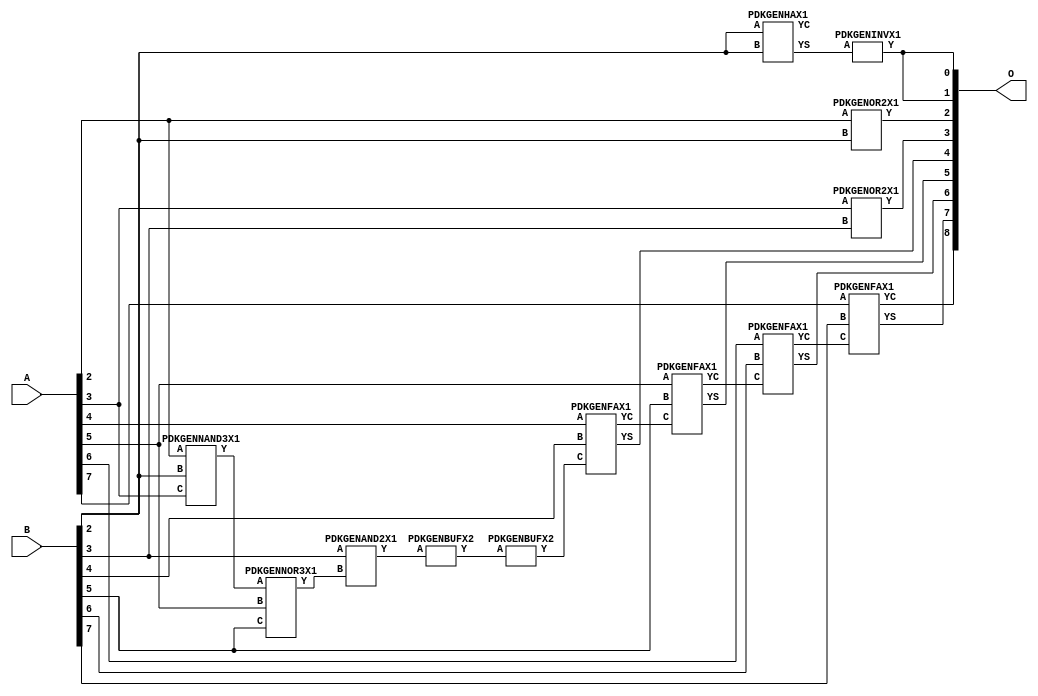
// Library = EvoApprox8b
// Circuit = add8_040
// Area   (180) = 820
// Delay  (180) = 1.450
// Power  (180) = 173.10
// Area   (45) = 59
// Delay  (45) = 0.540
// Power  (45) = 17.18
// Nodes = 13
// HD = 182912
// MAE = 3.57812
// MSE = 24.50000
// MRE = 1.84 %
// WCE = 15
// WCRE = 300 %
// EP = 85.9 %

module add8_040(A, B, O);
  input [7:0] A;
  input [7:0] B;
  output [8:0] O;
  wire [2031:0] N;

  assign N[0] = A[0];
  assign N[1] = A[0];
  assign N[2] = A[1];
  assign N[3] = A[1];
  assign N[4] = A[2];
  assign N[5] = A[2];
  assign N[6] = A[3];
  assign N[7] = A[3];
  assign N[8] = A[4];
  assign N[9] = A[4];
  assign N[10] = A[5];
  assign N[11] = A[5];
  assign N[12] = A[6];
  assign N[13] = A[6];
  assign N[14] = A[7];
  assign N[15] = A[7];
  assign N[16] = B[0];
  assign N[17] = B[0];
  assign N[18] = B[1];
  assign N[19] = B[1];
  assign N[20] = B[2];
  assign N[21] = B[2];
  assign N[22] = B[3];
  assign N[23] = B[3];
  assign N[24] = B[4];
  assign N[25] = B[4];
  assign N[26] = B[5];
  assign N[27] = B[5];
  assign N[28] = B[6];
  assign N[29] = B[6];
  assign N[30] = B[7];
  assign N[31] = B[7];

  PDKGENNAND3X1 n32(.A(N[4]), .B(N[20]), .C(N[6]), .Y(N[32]));
  PDKGENNOR3X1 n38(.A(N[32]), .B(N[10]), .C(N[26]), .Y(N[38]));
  PDKGENHAX1 n40(.A(N[20]), .B(N[20]), .YS(N[40]), .YC(N[41]));
  PDKGENAND2X1 n52(.A(N[22]), .B(N[38]), .Y(N[52]));
  PDKGENBUFX2 n78(.A(N[52]), .Y(N[78]));
  PDKGENINVX1 n126(.A(N[40]), .Y(N[126]));
  assign N[127] = N[126];
  PDKGENOR2X1 n132(.A(N[4]), .B(N[20]), .Y(N[132]));
  PDKGENOR2X1 n182(.A(N[6]), .B(N[22]), .Y(N[182]));
  assign N[183] = N[182];
  PDKGENBUFX2 n212(.A(N[78]), .Y(N[212]));
  assign N[213] = N[212];
  PDKGENFAX1 n232(.A(N[8]), .B(N[24]), .C(N[213]), .YS(N[232]), .YC(N[233]));
  PDKGENFAX1 n282(.A(N[10]), .B(N[26]), .C(N[233]), .YS(N[282]), .YC(N[283]));
  PDKGENFAX1 n332(.A(N[12]), .B(N[28]), .C(N[283]), .YS(N[332]), .YC(N[333]));
  PDKGENFAX1 n382(.A(N[14]), .B(N[30]), .C(N[333]), .YS(N[382]), .YC(N[383]));

  assign O[0] = N[127];
  assign O[1] = N[126];
  assign O[2] = N[132];
  assign O[3] = N[183];
  assign O[4] = N[232];
  assign O[5] = N[282];
  assign O[6] = N[332];
  assign O[7] = N[382];
  assign O[8] = N[383];

endmodule
/* mod */
module PDKGENFAX1( input A, input B, input C, output YS, output YC );
    assign YS = (A ^ B) ^ C;
    assign YC = (A & B) | (B & C) | (A & C);
endmodule
/* mod */
module PDKGENAND2X1(input A, input B, output Y );
     assign Y = A & B;
endmodule
/* mod */
module PDKGENNOR3X1(input A, input B, input C, output Y );
     assign Y = ~((A | B) | C);
endmodule
/* mod */
module PDKGENHAX1( input A, input B, output YS, output YC );
    assign YS = A ^ B;
    assign YC = A & B;
endmodule
/* mod */
module PDKGENINVX1(input A, output Y );
     assign Y = ~A;
endmodule
/* mod */
module PDKGENNAND3X1(input A, input B, input C, output Y );
     assign Y = ~((A & B) & C);
endmodule
/* mod */
module PDKGENBUFX2(input A, output Y );
     assign Y = A;
endmodule
/* mod */
module PDKGENOR2X1(input A, input B, output Y );
     assign Y = A | B;
endmodule